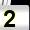
Digit: 2